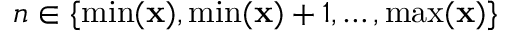
n \in \{ \operatorname* { m i n } ( \mathbf x ) , \operatorname* { m i n } ( \mathbf x ) + 1 , \dots , \operatorname* { m a x } ( \mathbf x ) \}